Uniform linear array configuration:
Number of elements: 4
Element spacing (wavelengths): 0.75
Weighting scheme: kaiser
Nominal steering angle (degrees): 60
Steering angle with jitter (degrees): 60.21
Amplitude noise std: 0.05
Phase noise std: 0.05

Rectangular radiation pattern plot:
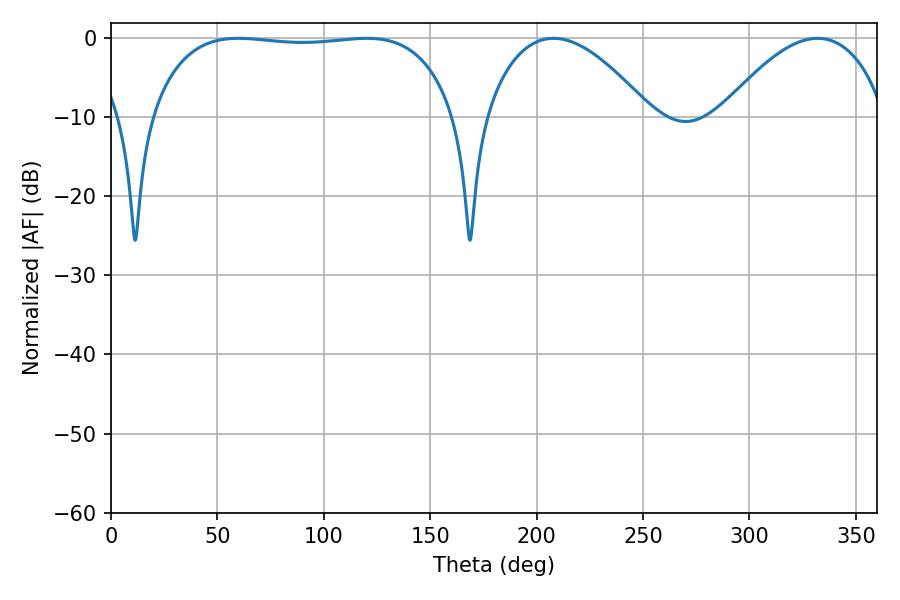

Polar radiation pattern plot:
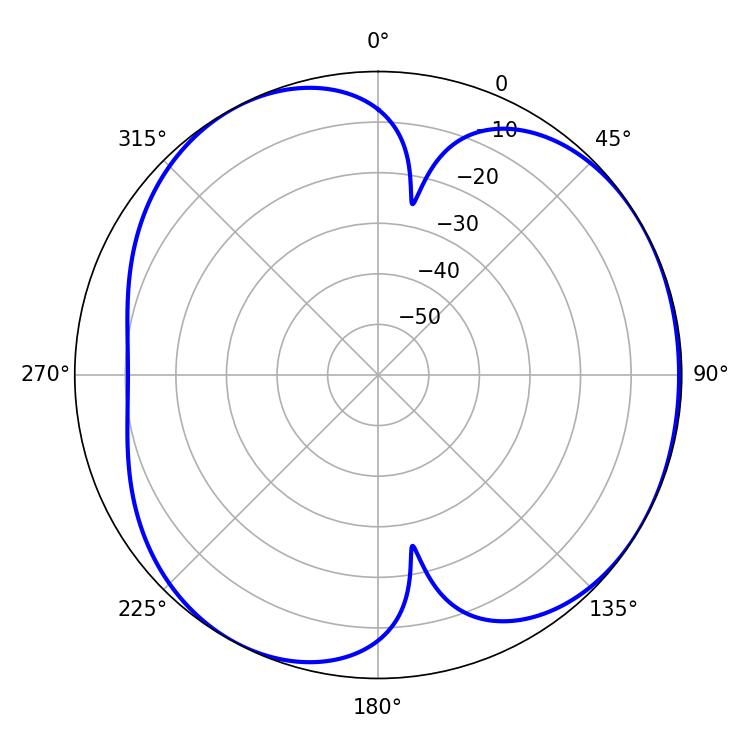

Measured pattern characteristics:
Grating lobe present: TRUE
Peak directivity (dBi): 4.392
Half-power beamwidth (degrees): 113.4
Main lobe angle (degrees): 59.76